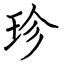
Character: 珍